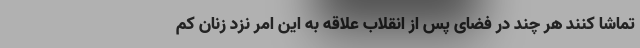
تماشا کنند هر چند در فضای پس از انقلاب علاقه به این امر نزد زنان کم